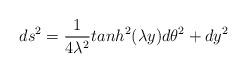
LaTeX: \begin{align*}ds^2= \frac{1}{4 \lambda^2} tanh^2(\lambda y) d\theta^2 +d y^2\end{align*}